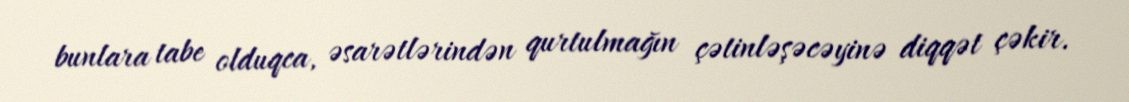
bunlara tabe olduqca, əsarətlərindən qurtulmağın çətinləşəcəyinə diqqət çəkir.